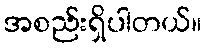
အစည်းရှိပါတယ်။